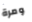
ومرة